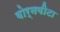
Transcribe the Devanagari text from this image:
बोर्नवीटा